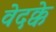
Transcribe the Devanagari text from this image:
वेदक्के